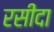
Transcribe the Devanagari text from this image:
रसीदा